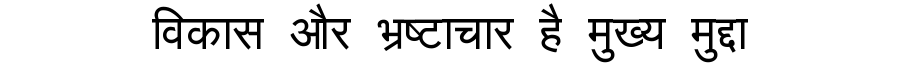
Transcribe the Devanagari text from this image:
विकास और भ्रष्टाचार है मुख्य मुद्दा